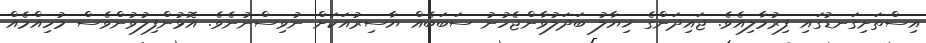
އިސްތަށިގަނޑުގައި ފިރުމާލިއެވެ. ޖައިދަންގެ ޚިޔާލު ބަދަލުވާންޖެހުނު ސަބަބެއް ޔާސިރުއަކަށް ނުވިސްނުނެވެ. އޮޅުންފިލުވުންވެސް މުހިއްމެއް